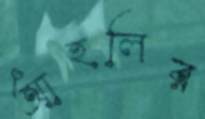
আহলির